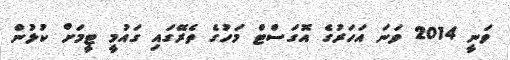
ވަނީ 2014 ވަނަ އަހަރުގެ އޮގަސްޓް މަހުގެ ތެރޭގައި ގައުމީ ޓީމަށް ކުޅުން